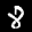
Label: 8